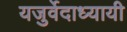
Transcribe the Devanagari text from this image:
यजुर्वेदाध्यायी